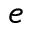
e